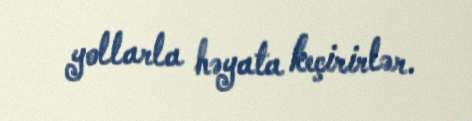
yollarla həyata keçirirlər.